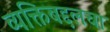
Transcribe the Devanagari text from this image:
व्यक्तिबद्दलचा